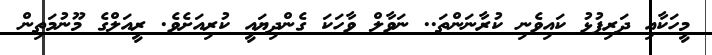
މީހަކާއި ދަރިފުޅު ކައިވެނި ކުރާނަންތަ.. ނަވާލް ވާހަކަ ގެންދިޔައީ ކުރިއަށެވެ. ރީއަލްގެ މޫނުމަތިން